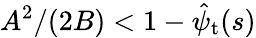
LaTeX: A^{2}/(2B)<1-\hat{\psi}_{\mathrm{t}}(s)